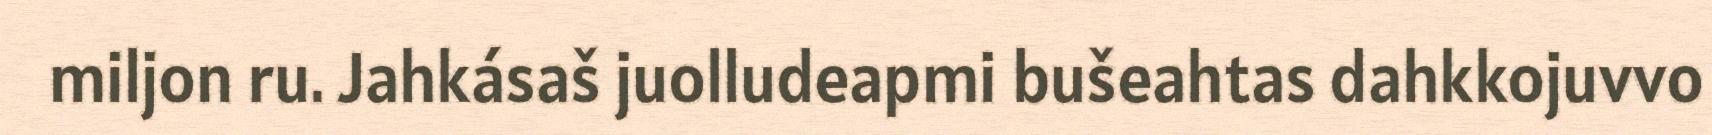
miljon ru. Jahkásaš juolludeapmi bušeahtas dahkkojuvvo